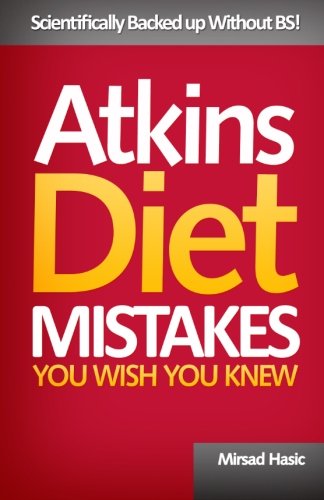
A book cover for Atkins Diet Mistakes You Wish You Knew; Mirsad Hasic; Health, Fitness & Dieting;